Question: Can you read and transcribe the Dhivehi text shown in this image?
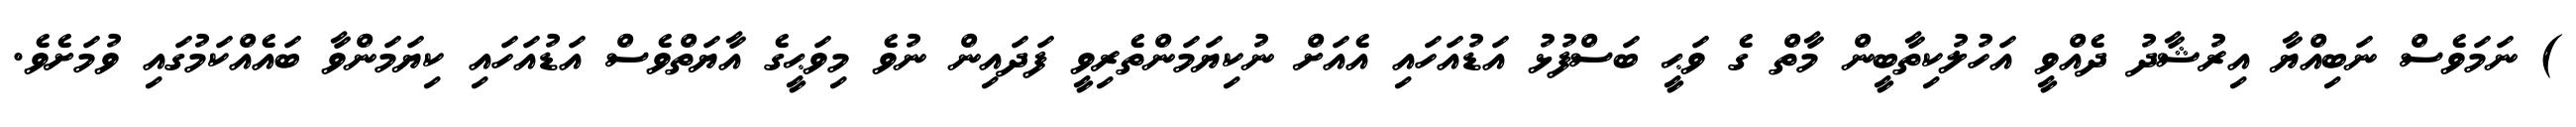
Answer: ) ނަމަވެސް ނަބިއްޔާ އިރުޝާދު ދެއްވީ އަހުލުކިތާބީން މާތް ގެ ވަޙީ ބަސްފުޅު އަޑުއަހައި އެއަށް ނުކިޔަމަންތެރިވީ ފަދައިން ނުވެ މިވަޙީގެ އާޔަތްވެސް އަޑުއަހައި ކިޔަމަންވާ ބައެއްކަމުގައި ވުމަށެވެ.